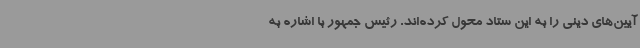
آیین‌های دینی را به این ستاد محول کرده‌اند. رئیس جمهور با اشاره به